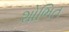
શોભિત